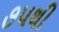
૭૫થી